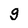
Character: g